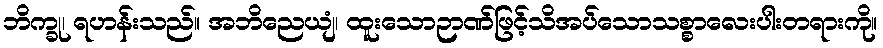
ဘိက္ခု၊ ရဟန်းသည်။ အဘိညေယျံ၊ ထူးသောဉာဏ်ဖြင့်သိအပ်သောသစ္စာလေးပါးတရားကို။